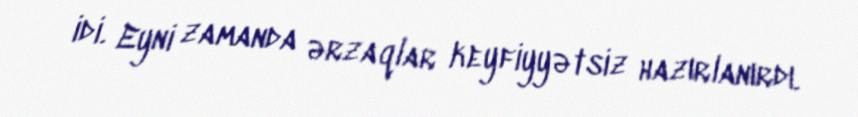
idi. Eyni zamanda ərzaqlar keyfiyyətsiz hazırlanırdı.